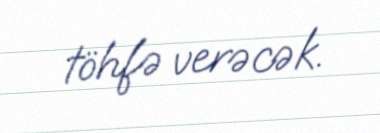
töhfə verəcək.